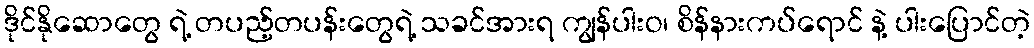
ဒိုင်နိုဆောတွေ ရဲ့ တပည့်တပန်းတွေရဲ့ သခင်အားရ ကျွန်ပါးဝ၊ စိန်နားကပ်ရောင် နဲ့ ပါးပြောင်တဲ့